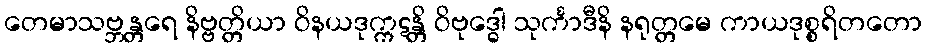
တေမာသဗ္ဘန္တရေ နိဗ္ဗတ္တိယာ ဝိနယဒုက္ကဋန္တိ ဝိဗုဒ္ဓေါ သုင်္ကာဒီနိ နရုတ္တမေ ကာယဒုစ္စရိတတော